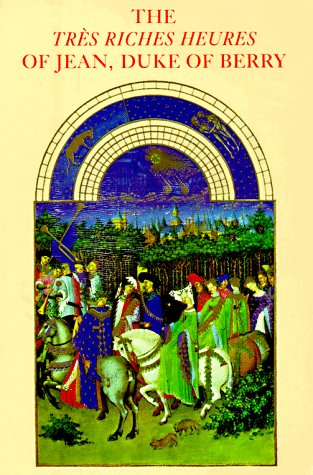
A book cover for The Tres Riches Heures of Jean, Duke of Berry; Musee Conde Chantilly; Arts & Photography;